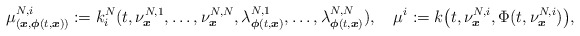
\begin{align*}\mu_{(\boldsymbol{x},\boldsymbol{\phi}(t,\boldsymbol{x}))}^{N,i}:=k_i^N(t,\nu^{N,1}_{\boldsymbol{x}},\ldots,\nu^{N,N}_{\boldsymbol{x}},\lambda^{N,1}_{\boldsymbol{\phi}(t,\boldsymbol{x})},\ldots,\lambda^{N,N}_{\boldsymbol{\phi}(t,\boldsymbol{x})}),\quad\mu^i:=k\big(t,\nu^{N,i}_{\boldsymbol{x}},\Phi(t,\nu^{N,i}_{\boldsymbol{x}})\big),\end{align*}